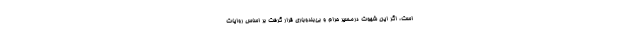
است، اگر این شهوت درمسیر حرام و بی‌بندوباری قرار گرفت بر اساس روایات